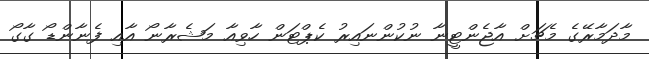
މާދަމާރޭގެ މެޗަށް އާޖެންޓީނާ ނުކުންނައިރު ކެޕްޓަން ހާވިއާ މަޝެރާނޯ އާއި ފެނާންޑޯ ގާގޯ